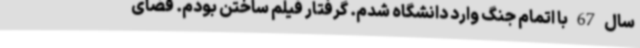
سال 67 با اتمام جنگ وارد دانشگاه شدم. گرفتار فیلم ساختن بودم. فضای